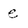
Character: e